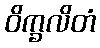
ဝိက္ခလိတံ